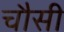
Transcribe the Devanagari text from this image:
चौसी